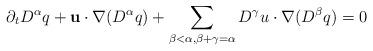
LaTeX: \begin{align*} \partial_t D^\alpha q + \textbf{u} \cdot \nabla{ (D^\alpha q)} + \sum_{\beta < \alpha, \beta + \gamma = \alpha} D^\gamma u \cdot \nabla (D^\beta q) = 0\end{align*}